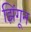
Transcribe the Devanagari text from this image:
झिंगून